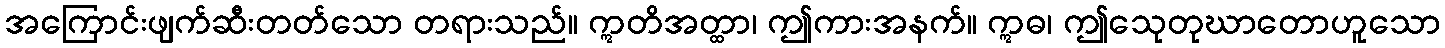
အကြောင်းဖျက်ဆီးတတ်သော တရားသည်။ ဣတိအတ္ထာ၊ ဤကားအနက်။ ဣဓ၊ ဤသေုတုဃာတောဟူသော